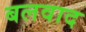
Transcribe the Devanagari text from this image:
बलवाद